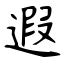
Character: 遐